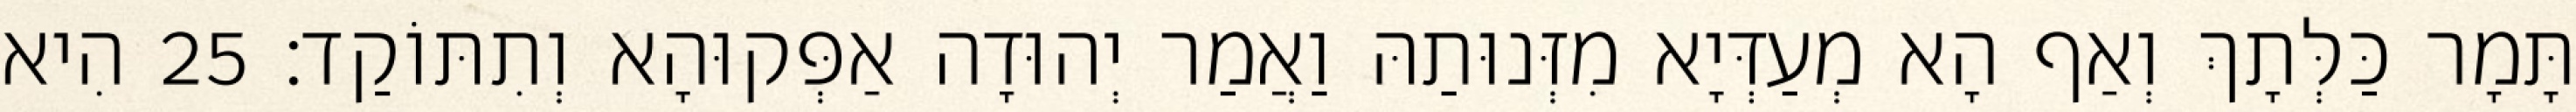
תָּמָר כַּלְּתָךְ וְאַף הָא מְעַדְּיָא מִזְּנוּתַהּ וַאֲמַר יְהוּדָה אַפְּקוּהָא וְתִתּוֹקַד׃ 25 הִיא